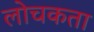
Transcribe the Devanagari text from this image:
लोचकता